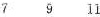
7 9 11